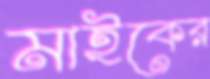
মাইকের